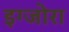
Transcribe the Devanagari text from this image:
इग्जोरा